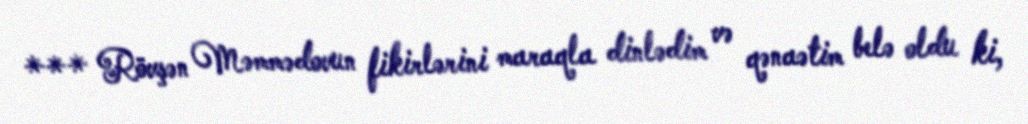
*** Rövşən Məmmədovun fikirlərini maraqla dinlədim və qənaətim belə oldu ki,